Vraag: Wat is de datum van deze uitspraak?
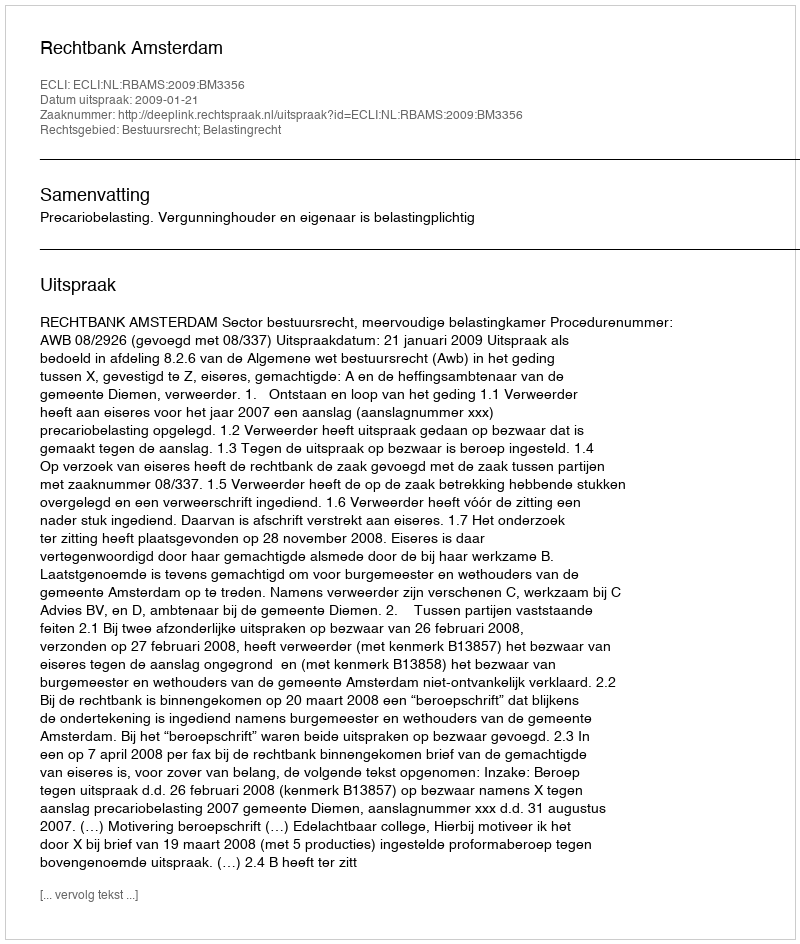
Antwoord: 2009-01-21